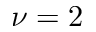
\nu = 2